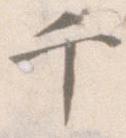
千